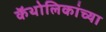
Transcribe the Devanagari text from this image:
कॅथोलिकांच्या